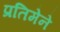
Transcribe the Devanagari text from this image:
प्रतिमेने